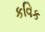
કવિક